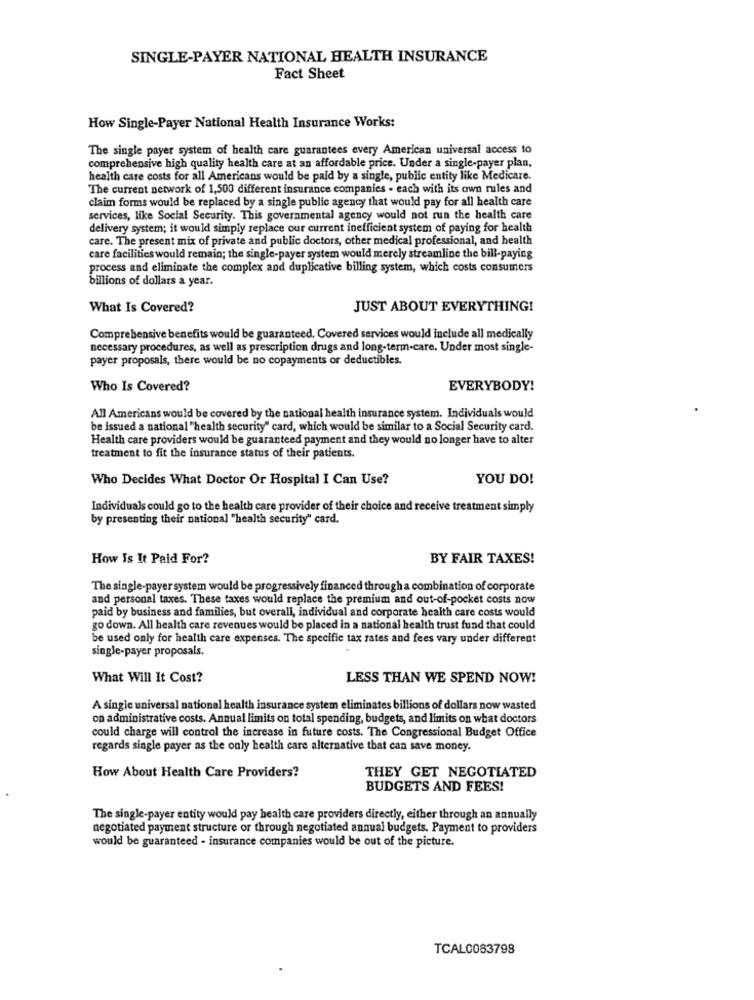
SINGLE-PAYER NATIONAL HEALTH INSURANCE
Fact Sheet
How Single-Payer National Health Insurance Works:
The single payer system of health care guarantees every American universal access to
comprehensive high quality health care at an affordable price. Under a single-payer plan,
health care costs for all Americans would be paid by a single, public entity like Medicare.
The current network of 1,500 different insurance companies - each with its own rules and
claim forms would be replaced by a single public agency that would pay for all health care
services, like Social Security. This governmental agency would not run the health care
delivery system; it would simply replace our current inefficient system of paying for health
care. The present mix of private and public doctors, other medical professional, and health
care facilities would remain; the single-payer system would merely streamline the bill-paying
process and eliminate the complex and duplicative billing system, which costs consumers
billions of dollars a year.
What Is Covered?
JUST ABOUT EVERYTHING!
Comprehensive benefits would be guaranteed. Covered services would include all medically
necessary procedures, as well as prescription drugs and long-term-care. Under most single-
payer proposals, there would be no copayments or deductibles.
Who Is Covered?
EVERYBODY!
All Americans would be covered by the national health insurance system. Individuals would
be issued a national "health security" card, which would be similar to a Social Security card.
Health care providers would be guaranteed payment and they would no longer have to alter
treatment to fit the insurance status of their patients.
Who Decides What Doctor Or Hospital I Can Use?
YOU DO!
Individuals could go to the health care provider of their choice and receive treatment simply
by presenting their national "health security" card.
How Is It Paid For?
BY FAIR TAXES!
The single-payer system would be progressively financed through a combination of corporate
and personal taxes. These taxes would replace the premium and out-of-pocket costs now
paid by business and families, but overall, individual and corporate health care costs would
go down. All health care revenues would be placed in a national health trust fund that could
be used only for health care expenses. The specific tax rates and fees vary under different
single-payer proposals.
What Will It Cost?
LESS THAN WE SPEND NOW!
A single universal national health insurance system eliminates billions of dollars now wasted
on administrative costs. Annual limits on total spending, budgets, and limits on what doctors
could charge will control the increase in future costs. The Congressional Budget Office
regards single payer as the only health care alternative that can save money.
THEY GET NEGOTIATED
How About Health Care Providers?
BUDGETS AND FEES!
The single-payer entity would pay health care providers directly, either through an annually
negotiated payment structure or through negotiated annual budgets. Payment to providers
would be guaranteed - insurance companies would be out of the picture.
TCAL0083798